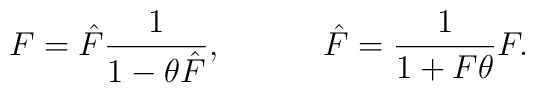
F=\hat{F}\frac{1}{1-\theta \hat{F}}, \hspace{.5in} \hat{F}=\frac{1}{1+F\theta}F.